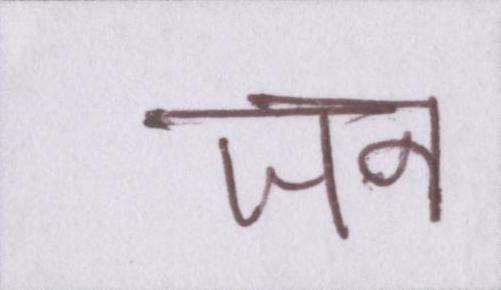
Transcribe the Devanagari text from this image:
जन